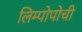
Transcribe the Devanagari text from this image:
लिम्पोपोची